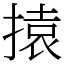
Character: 㨬